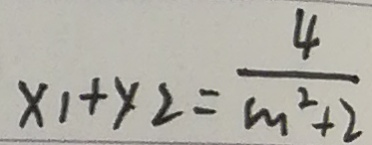
x _ { 1 } + y _ { 2 } = \frac { 4 } { m ^ { 2 } + 2 }